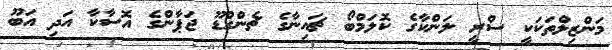
މަންޒިލްތަކަކީ ސްރީ ލަންކާގެ ކޮލަމްބޯ ޗައިނާގެ ޗެންގްޑޫ ޖަޕާންގެ އޮސާކާ އަދި އަބޫ